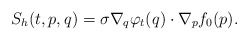
\begin{align*}S_h(t,p,q) = \sigma \nabla_q\varphi_t(q) \cdot \nabla_p f_0(p).\end{align*}